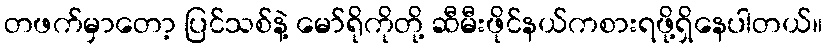
တဖက်မှာတော့ ပြင်သစ်နဲ့ မော်ရိုကိုတို့ ဆီမီးဖိုင်နယ်ကစားရဖို့ရှိနေပါတယ်။